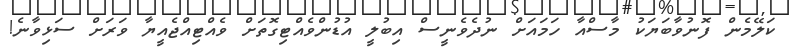
ކަލޭމެން ފޮނުވާބަޔަކު މާސްއާ ހަމައަށް ނުދެވެނީސް އިބުލީ އުޑުންވެއްޓިގޮތަށް ވެއްޓިއްޖެއީޔާ ވަރަށް ސަޅިވާނެ!